Lunatic asylums Bombay report 1891-1903 - 1891-1903
Year: 1891
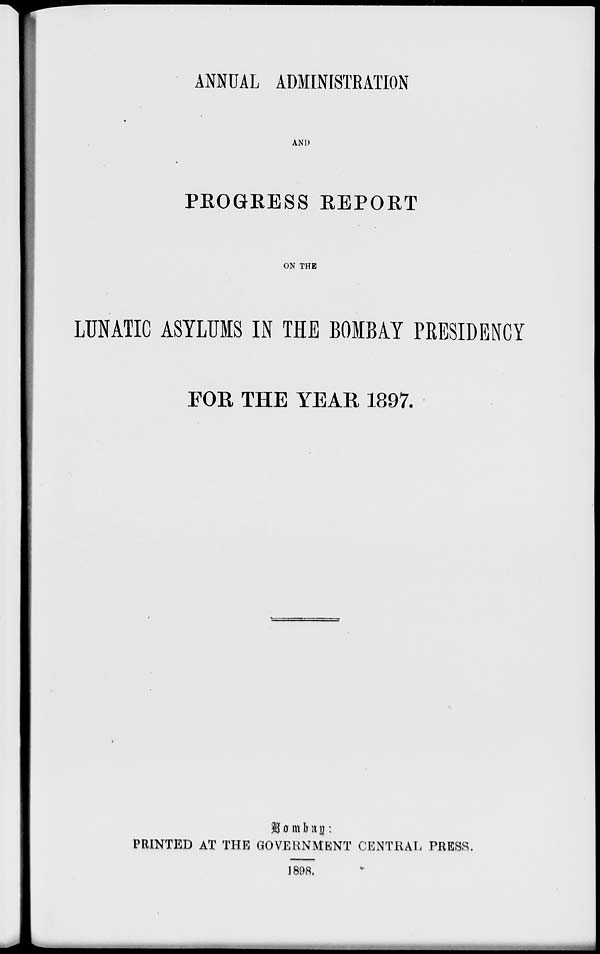
ANNUAL ADMINISTRATION
AND
PROGRESS REPORT
ON THE
LUNATIC ASYLUMS IN THE BOMBAY PRESIDENCY
FOR THE YEAR 1897.
Bombay :
PRINTED AT THE GOVERNMENT CENTRAL PRESS.
1898.